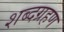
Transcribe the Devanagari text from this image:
शब्दग्रहण